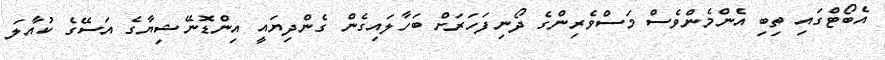
އެބޯޓްގައި ތިބި އެންމެންވެސް މަސްވެރިންގެ ދޯނިފަހަރަށް ބަހާލައިގެން ގެންދިޔައީ އިންޑޮނޭޝިޔާގެ އަސޭގެ ކުއާލަ